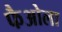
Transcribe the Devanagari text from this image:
फैओला